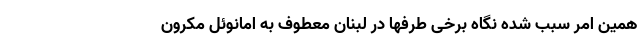
همین امر سبب شده نگاه‌ برخی طرفها در لبنان معطوف به امانوئل مکرون